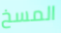
المسخ